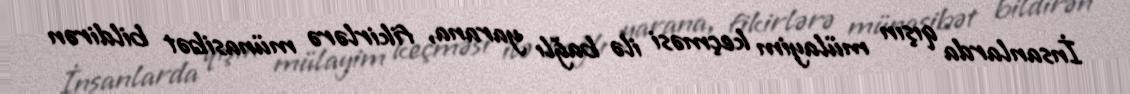
İnsanlarda qışın mülayim keçməsi ilə bağlı yarana, fikirlərə münasibət bildirən